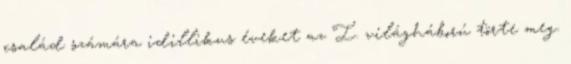
család számára idillikus éveket az I. világháború törte meg.